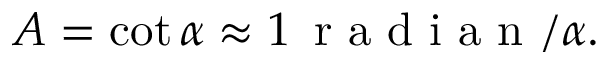
A = \cot \alpha \approx 1 \, { \textrm { r a d i a n } } / \alpha .